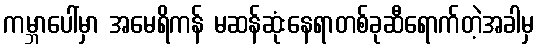
ကမ္ဘာပေါ်မှာ အမေရိကန် မဆန်ဆုံးနေရာတစ်ခုဆီရောက်တဲ့အခါမှ